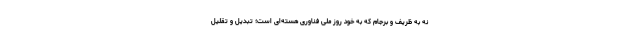
نه به ظریف و برجام که به خود روز ملی فناوری هسته‌ای است؛ تبدیل و تقلیل